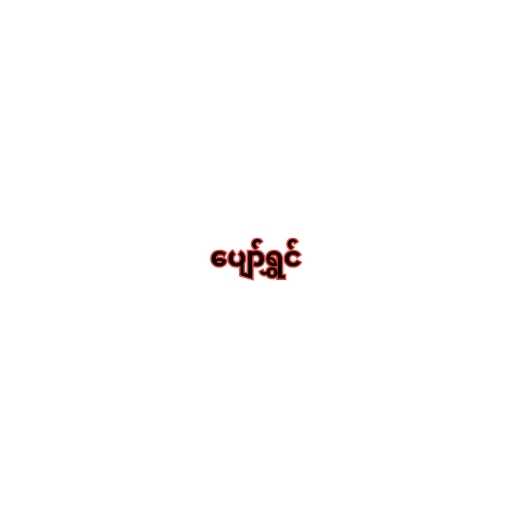
ပျော်ရွှင်